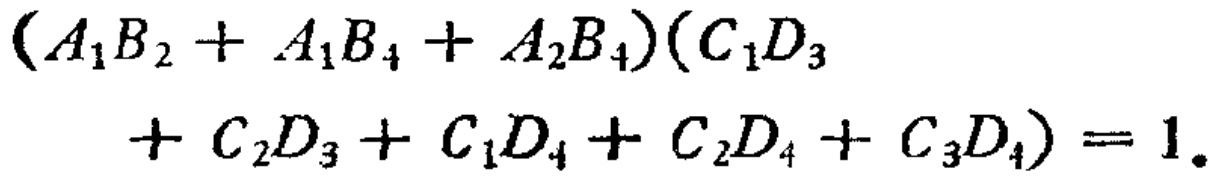
\((A_{1}B_{2}+A_{1}B_{4}+A_{2}B_{4})(C_{1}D_{3}+C_{2}D_{3}+C_{1}D_{4}+C_{2}D_{4}+C_{3}D_{4}) = 1\)